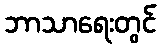
ဘာသာရေးတွင်